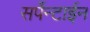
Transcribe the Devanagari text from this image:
सर्पेन्टाईन